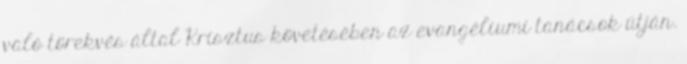
való törekvés által Krisztus követésében az evangéliumi tanácsok útján.